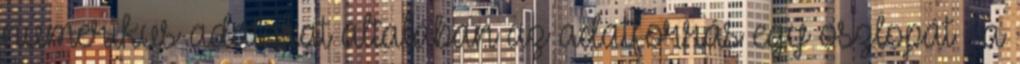
numerikus adatokat általában az adatforrás egy oszlopát , a